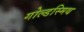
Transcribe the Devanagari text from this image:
गोल्‍डस्‍मिथ